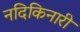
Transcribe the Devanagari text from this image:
नदिकिनारी